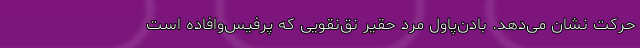
حرکت نشان می‌دهد. بادن‌پاول مرد حقیر نِق‌نِقویی که پُرفیس‌وافاده است